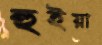
হুইয়া